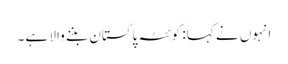
انہوں نے کہا: کوئٹہ پاکستان بننے والا ہے۔